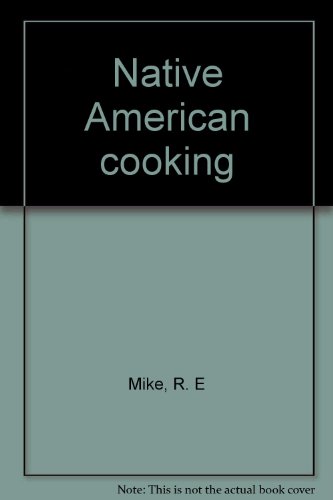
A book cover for Native American cooking; R. E Mike; Cookbooks, Food & Wine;